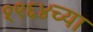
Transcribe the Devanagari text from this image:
१९६४च्या